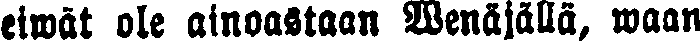
eiwät ole ainoastaan Wenäjällä, waan